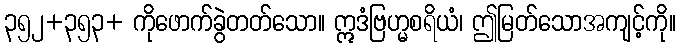
၃၅၂+၃၅၃+ ကိုဖောက်ခွဲတတ်သော။ ဣဒံဗြဟ္မစရိယံ၊ ဤမြတ်သောအကျင့်ကို။